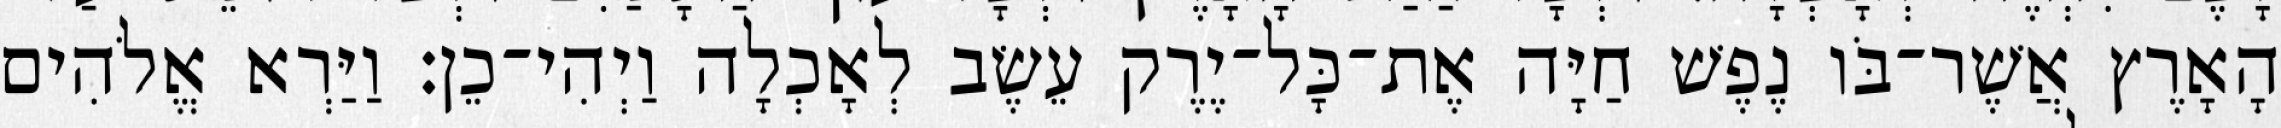
הָאָרֶץ אֲשֶׁר־בֹּו נֶפֶשׁ חַיָּה אֶת־כָּל־יֶרֶק עֵשֶׂב לְאָכְלָה וַיְהִי־כֵן׃ וַיַּרְא אֱלֹהִים